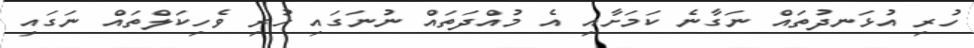
ހުރި އުޅަނދުތައް ނަގާނެ ކަމަށާއި އެ މުއްދަތައް ނުނަގައި ހުރި ވެހިކަލްތައް ނަގައި